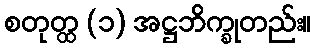
စတုတ္ထ (၁) အဋ္ဌဘိက္ခုတည်း။